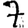
Digit: 7